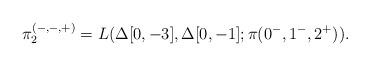
LaTeX: \begin{align*}\pi_2^{(-,-,+)} = L(\Delta[0,-3], \Delta[0,-1]; \pi(0^-,1^-,2^+)).\end{align*}